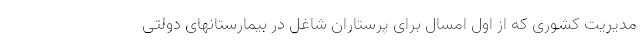
مدیریت کشوری که از اول امسال برای پرستاران شاغل در بیمارستانهای دولتی